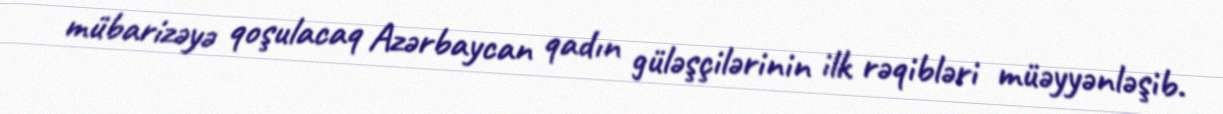
mübarizəyə qoşulacaq Azərbaycan qadın güləşçilərinin ilk rəqibləri müəyyənləşib.